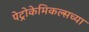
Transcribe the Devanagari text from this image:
पेट्रोकेमिकल्सच्या